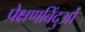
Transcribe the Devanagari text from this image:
प्रेक्षणबिंदुओं